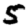
Digit: 5